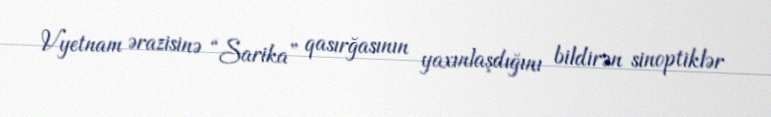
Vyetnam ərazisinə “Sarika” qasırğasının yaxınlaşdığını bildirən sinoptiklər